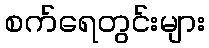
စက်ရေတွင်းများ